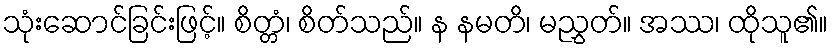
သုံးဆောင်ခြင်းဖြင့်။ စိတ္တံ၊ စိတ်သည်။ န နမတိ၊ မညွှတ်။ အဿ၊ ထိုသူ၏။